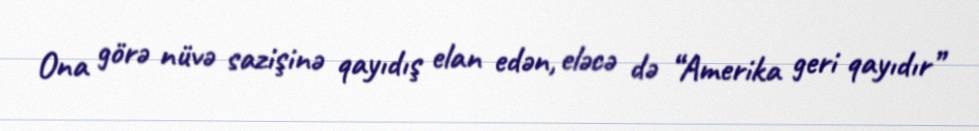
Ona görə nüvə sazişinə qayıdış elan edən, eləcə də “Amerika geri qayıdır”